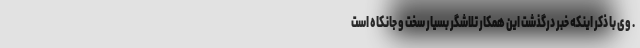
. وی با ذکر اینکه خبر درگذشت این همکار تلاشگر بسیار سخت و جانکاه است